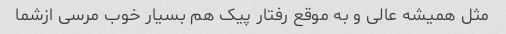
مثل همیشه عالی و به موقع رفتار پیک هم بسیار خوب مرسی ازشما